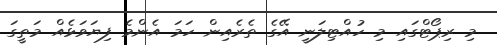
މި ރިޕޯޓްގައި މި ހުއްޓިލަނީ އޭގެ ތެރެއިން ހަމަ އެންމެ ފިޔަވަޅެއް މަތީގަ